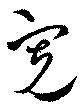
寛